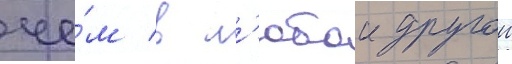
че́м в л'юбои другои